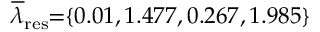
\! \! \! \! \! \! \! \overline { { \lambda } } _ { \mathrm { { r e s } } } \! \! = \! \! \{ 0 . 0 1 , 1 . 4 7 7 , 0 . 2 6 7 , 1 . 9 8 5 \} \! \! \!